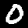
Label: 0